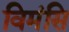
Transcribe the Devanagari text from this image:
विमंसि